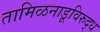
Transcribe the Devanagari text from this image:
तामिळनाडूविरुद्ध